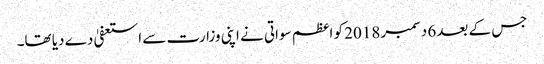
جس کے بعد 6 دسمبر 2018 کو اعظم سواتی نے اپنی وزارت سے استعفیٰ دے دیا تھا۔